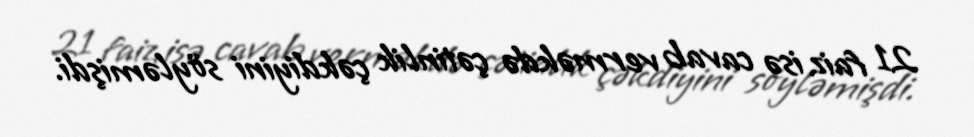
21 faiz isə cavab verməkdə çətinlik çəkdiyini söyləmişdi.